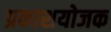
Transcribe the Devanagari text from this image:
प्रकाशयोजक